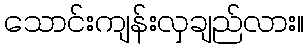
သောင်းကျန်းလှချည်လား။